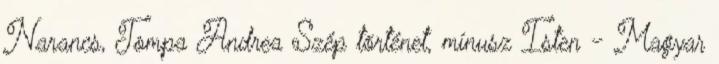
Narancs, Tompa Andrea Szép történet, mínusz Isten - Magyar